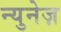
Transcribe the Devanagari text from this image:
न्युनेज़